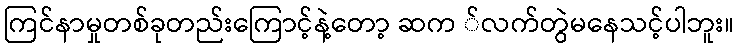
ကြင်နာမှုတစ်ခုတည်းကြောင့်နဲ့တော့ ဆက ်လက်တွဲမနေသင့်ပါဘူး။